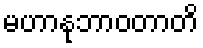
မဟာနုဘာဝတာတိ